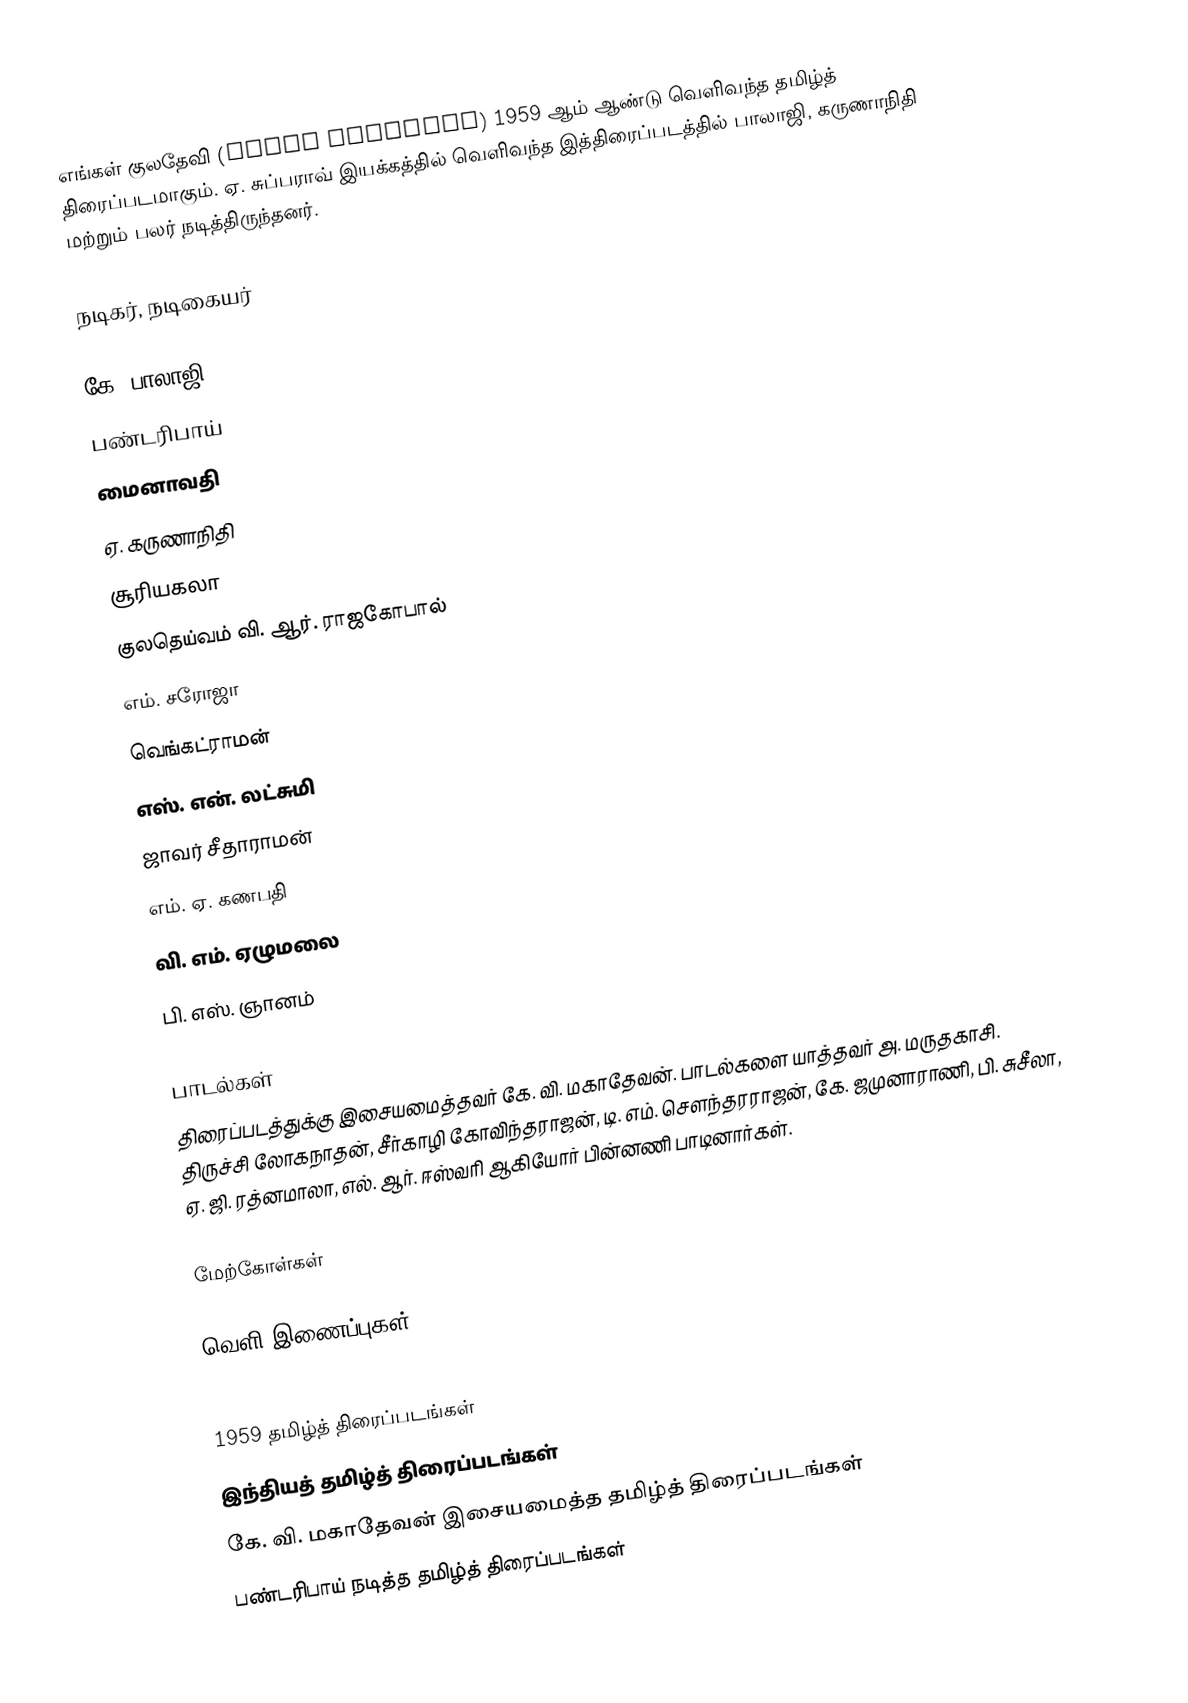
எங்கள் குலதேவி (Engal Kuladevi) 1959 ஆம் ஆண்டு வெளிவந்த தமிழ்த் திரைப்படமாகும். ஏ. சுப்பராவ் இயக்கத்தில் வெளிவந்த இத்திரைப்படத்தில் பாலாஜி, கருணாநிதி மற்றும் பலர் நடித்திருந்தனர்.

நடிகர், நடிகையர்

கே. பாலாஜி
பண்டரிபாய்
மைனாவதி
ஏ. கருணாநிதி
சூரியகலா
குலதெய்வம் வி. ஆர். ராஜகோபால்
எம். சரோஜா
வெங்கட்ராமன்
எஸ். என். லட்சுமி
ஜாவர் சீதாராமன்
எம். ஏ. கணபதி
வி. எம். ஏழுமலை
பி. எஸ். ஞானம்

பாடல்கள்
திரைப்படத்துக்கு இசையமைத்தவர் கே. வி. மகாதேவன். பாடல்களை யாத்தவர் அ. மருதகாசி. திருச்சி லோகநாதன், சீர்காழி கோவிந்தராஜன், டி. எம். சௌந்தரராஜன், கே. ஜமுனாராணி, பி. சுசீலா, ஏ. ஜி. ரத்னமாலா, எல். ஆர். ஈஸ்வரி ஆகியோர் பின்னணி பாடினார்கள்.

மேற்கோள்கள்

வெளி இணைப்புகள்

1959 தமிழ்த் திரைப்படங்கள்
இந்தியத் தமிழ்த் திரைப்படங்கள்
கே. வி. மகாதேவன் இசையமைத்த தமிழ்த் திரைப்படங்கள்
பண்டரிபாய் நடித்த தமிழ்த் திரைப்படங்கள்